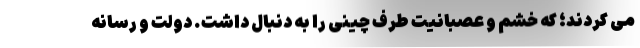
می کردند؛ که خشم و عصبانیت طرف چینی را به دنبال داشت. دولت و رسانه